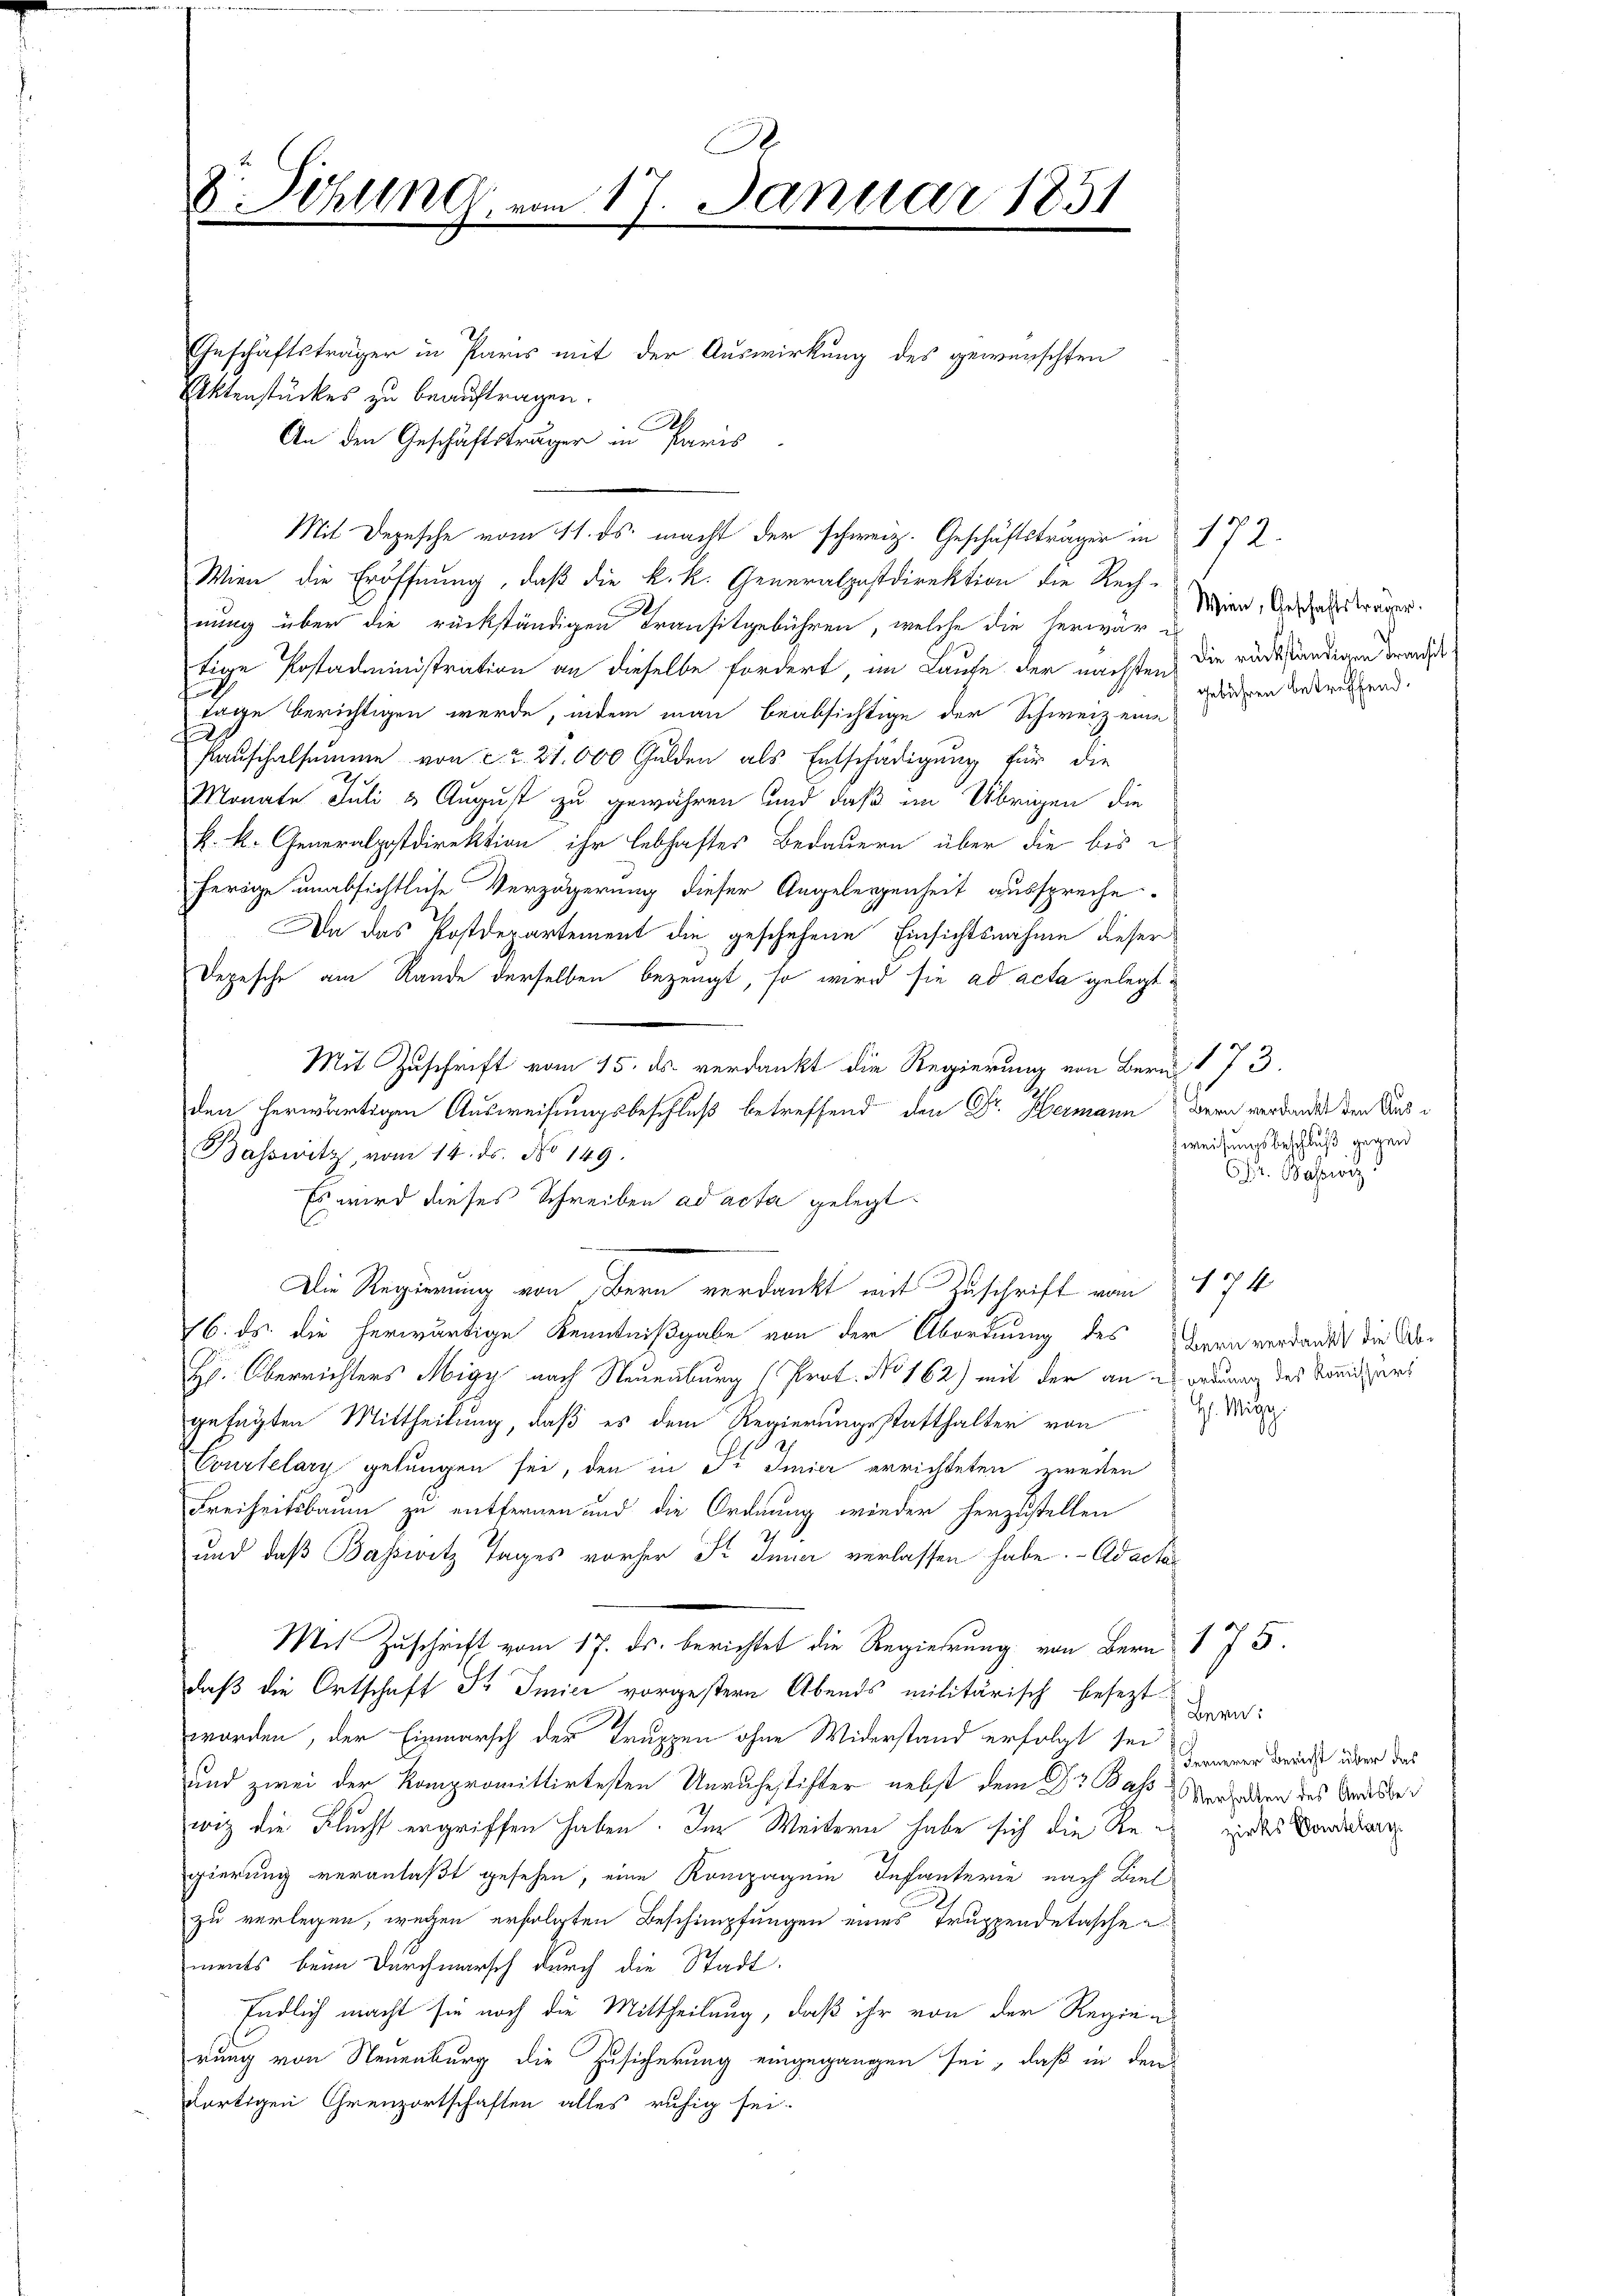
.
D. Schling, vom 17. Januar 1851

Aktenstückes zu beauftragen.
An den Geschäftsträger in Paris
Mit Depesche vom 11. ds. macht der schweiz. Geschäftsträger in 172.
Wien die Eröffnung, daß die k. k. Generalpostdirektion die Rech-
nung über die rückständigen Transitgebühren, welche die herwär e
tige Kostadministration an dieselbe fordert, im Laufe der nächstens die rückständigen Brands¬
Tage berichtigen werde, indem man beabsichtige der Schweiz eine
Raufhalsumme von ca. 21.000 Gulden als Entschädigung für die
Monate Juli u. August zu gewähren und daß im Übrigen die
k. k. Generalpostdirektion ihr lebhaftes Bedauern über die bis
herige unabsichtliche Verzögerung dieser Angelegenheit ausspreche.
Da das Postdepartement die geschehene Einsichtsnahme dieser
Depesche am Rande derselben bezeugt, so wird sie ad acta gelegt
Mit Zuschrift vom 15. ds. verdankt die Regierung von Bern 173.
den herwärtigen Ausweisungsbeschluß betreffend den Dr. Hermann dern verdankt den Aus¬
Bahswitz vom 14. ds. No 149.
Es wird dieses Schreiben ad acta gelegt
Die Regierung von Bern verdankt mit Zuschrift vom 174
16. ds. die herwärtige Kenntnißgabe von der Abordnung des Herrn verdankt die Ab¬
H. Oberrichters Migy nach Neuenburg (Prot. No 162) mit der an ordnung des Königers
gefügten Mittheilung, daß es dem Regierungsstatthalter von
Courtelary gelungen sei, den in dr Imier errichteten zweiten
Freiheitsbaum zu entfernen und die Ordnung wieder herzustellen
und daß Bassivitz Tages vorher K. Inner verlassen habe. - Adacte
Mit Zuschrift vom 17. ds. berichtet die Regierung von Bern 175.
daß die Ortschaft dr Imici vorgestern Abends militärisch besezt¬
Bern:
worden, der Einmarsch der Truppen ohne Widerstand erfolgt sei, wenn druck über das
und zwei der Kompromittirtesten Unruhestifter nebst dem Gr Basserden des Andesbe
wiz die Flucht ergriffen haben. Im Weitern habe sich die Re- wiedes Vordaten
gierung veranlaßt gesehen, eine Komparen Infanterie nach Bielzu verlegen, wegen erfolgten Beschimpfungen eines Truppendetasche
ments beim Durchmarsch durch die Stadt.
Indlich macht sie noch die Mittheilung, daß ihr von der Regierung von Neuenburg die Zusicherung eingegangen sei, daß in den
dortigen Grenzortschaften alles ruhig sei-

Geschäftsträger in Paris mit der Auswirkung des gewünschten
.

Wien, Geschäftsträger.
Gebühren betreffend.

weisungsbeschluß gegen
r. Besitz

I. Mitg